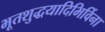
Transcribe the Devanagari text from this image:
भूतशुद्धयादिभिर्विना